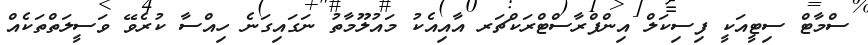
ސްމާޓް ސިޓީއަކީ ފިސިކަލް އިންފްރާސްޓްރަކްޗަރ އާއިއެކު މައުލޫމާތު ނަގައިގަނެ ހިއްސާ ކުރެވޭ ވަސީލަތްތަކެއް